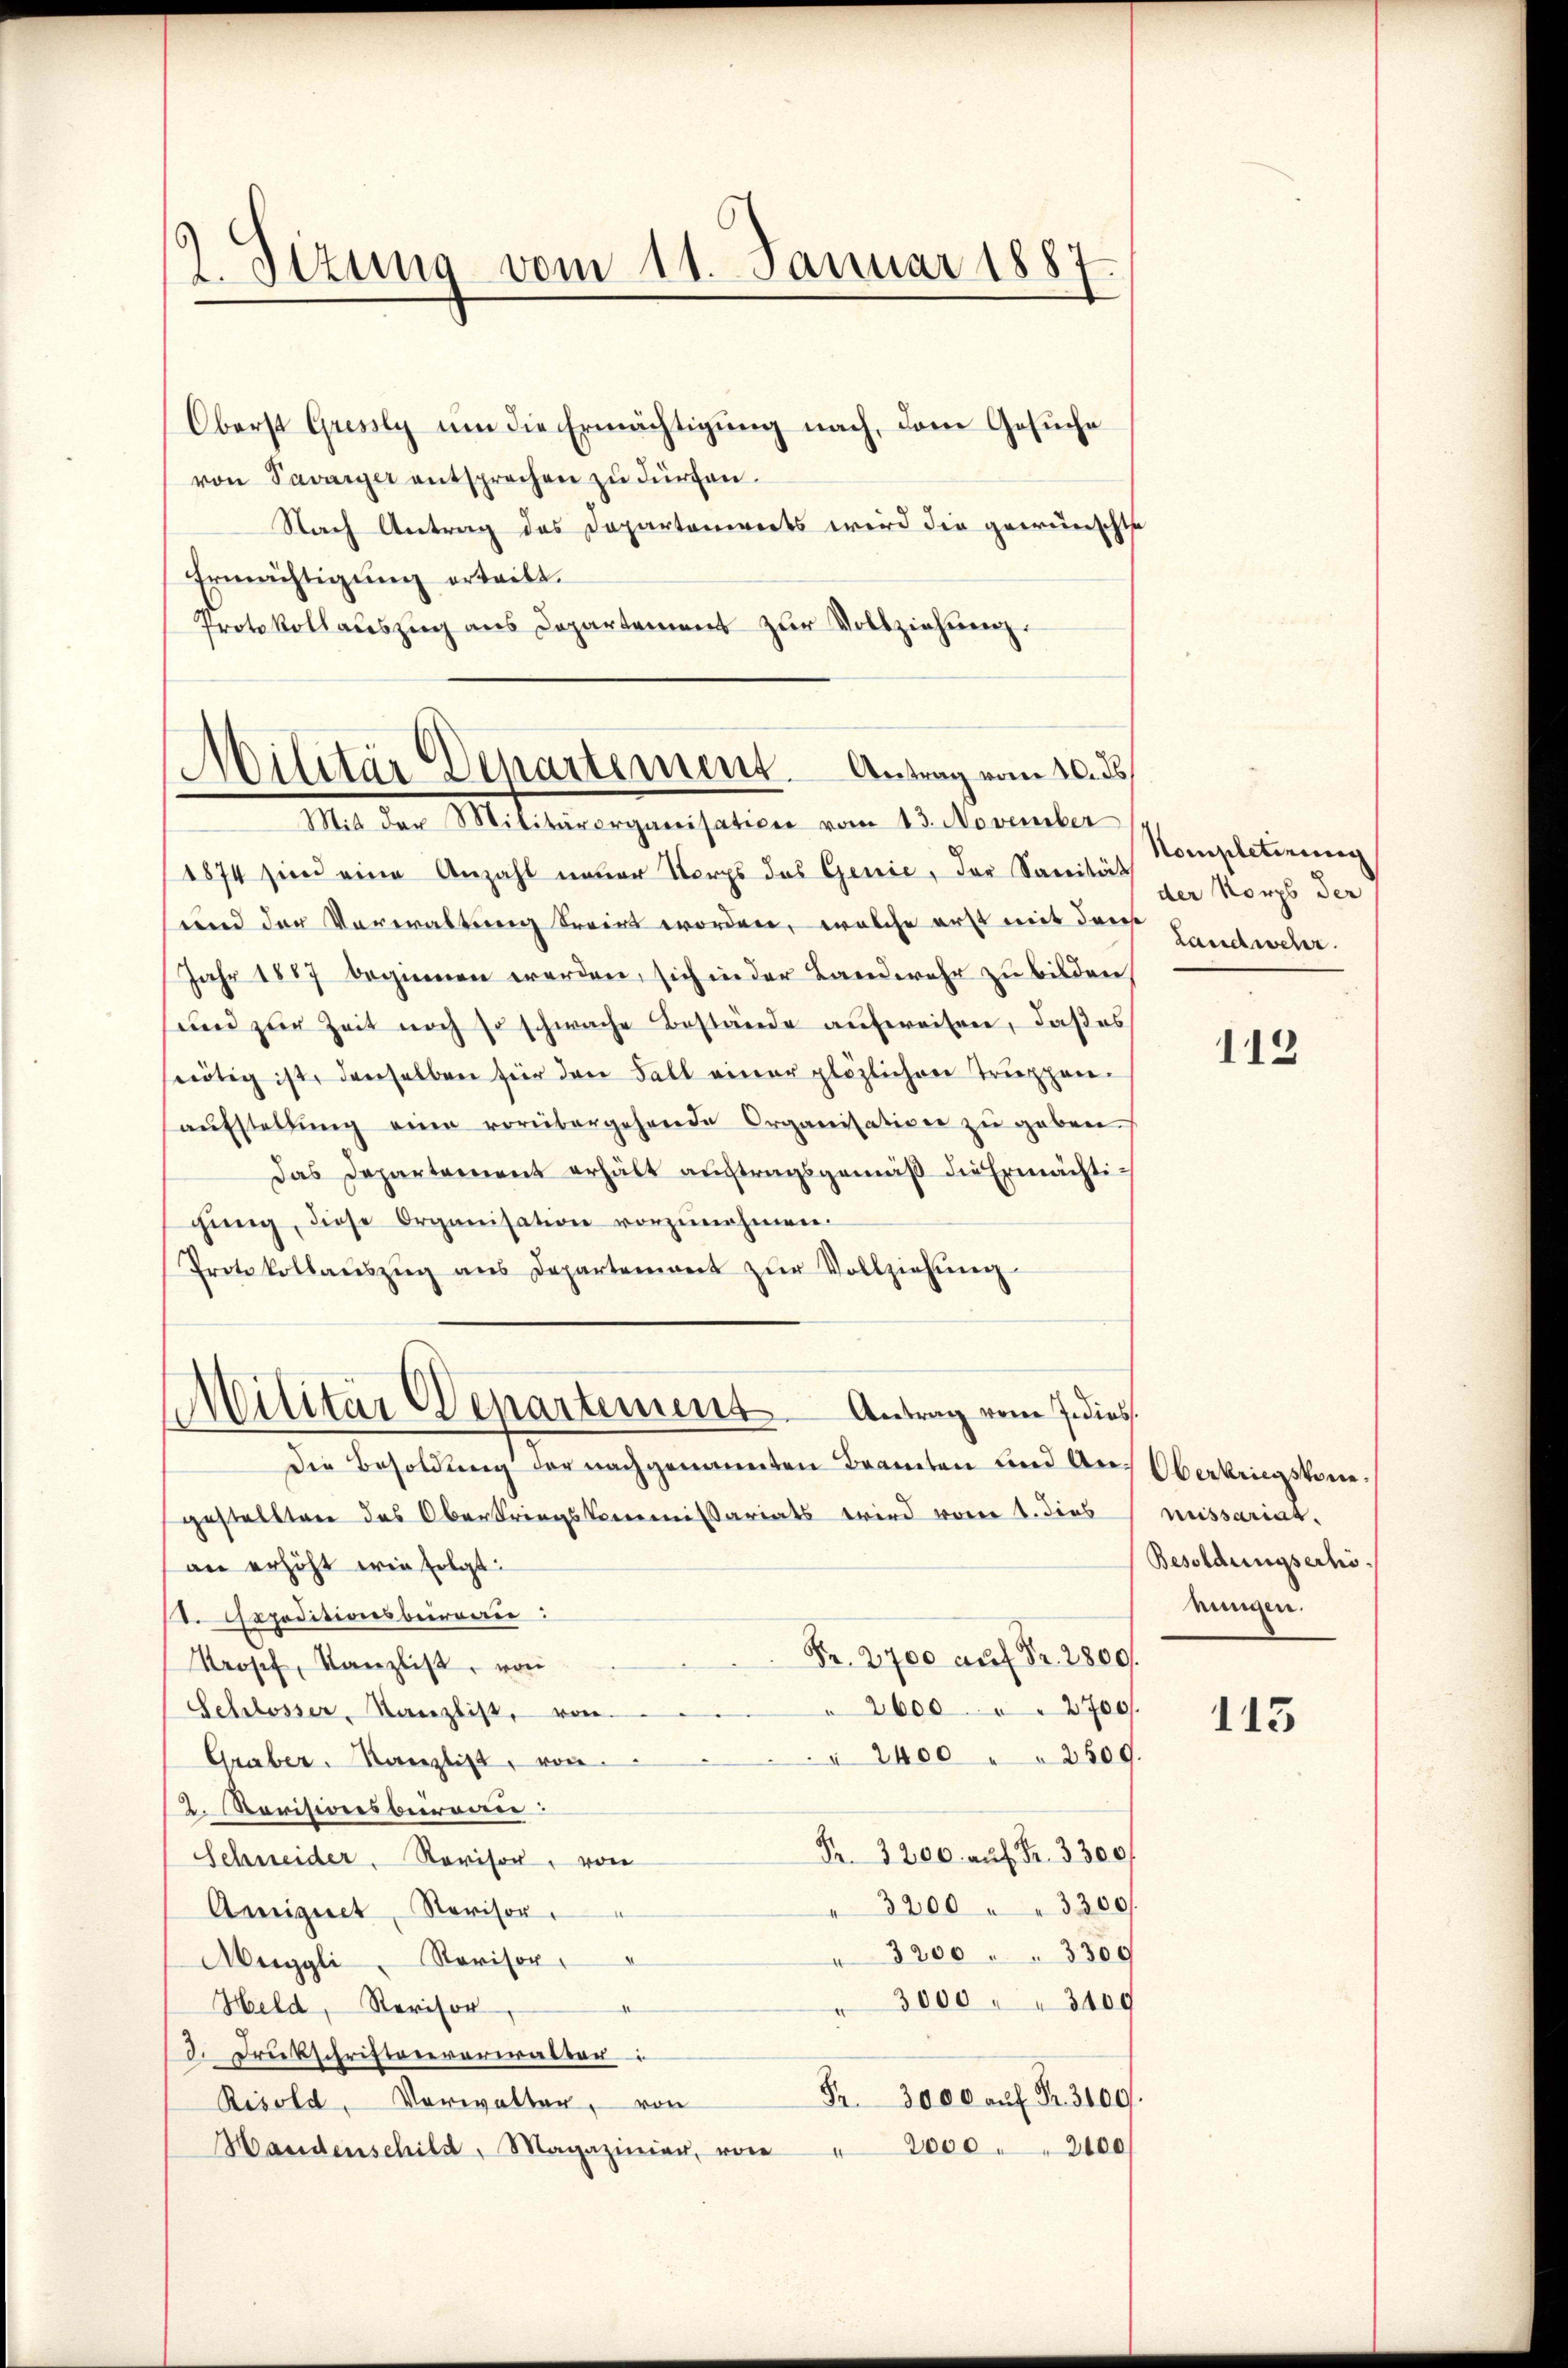
2 Sitzung vom 11. Januar 1887

Oberst Gresly um die Ermächtigung nach, dem Gesuche
von Savarzer entsprechen zu dürfen.
Nach Antrag des Departenwerts wird die gewünschte
Ermächtigung erteilt.
Protokollaŭszŭg ans Departement zŭr Vollziehŭng.

Militär Departement. Antrag vom 10. ds
Mit der Militärorganisation vom 13. November

Militär Departement. Antrag vom Jedies

1874 sind eine Anzahl neuer Korps des Genie, der Sanität
und der Verwaltung trein worden, welche erst mit der
Jahr 1887 beginnen werden, sich in der Landwehr zu bilden,
d zŭr Zeit noch so schwache Bestände aufweisen, daß es
nötig ist, denselben für den Fall einer plözlichen Truppen-
aŭfstellŭng eine vorübergehende Organisation zu geben.
Das Departement erhält auftragsgemäß die Ermächtigŭng, diese Organisation vorzŭnehmen.
Protokollaŭszŭg ans Departement zŭr Vollziehŭng.
die Besoldung der nachgenannten Beamten und Aus Oberkriegskomgestellten das Oberkriegskommissariats wird vom 1. dies
an erhöht wie folgt:
I. Sepeditionsberau
Fr. 2700 auf Fr. 2800.
Prosef, Kanzlist, von
26002700.
Schlosser, Kanzlist, von
" 2400 " " 2500.
Graber, Kanzlist, von
2. Revisionsbereie
Fr. 3200. auf Fr. 3300f
Schneider, Revisor, von
3200 " " 3300
Amignet, Revisor
3200. 3300
Muggli, Revisor
3000 " " 3400
Held, Revisor
a
d. Druckschriftenverwalter
Fr. 3000 auf Fr. 3100.
Risold, Vorwalter, von
2000. 2100
Handenschild, Magazinien, von

Kompletirung
der Korps der
Landwehr.

112

neissariat.
Besoldungserhöringen.

113